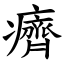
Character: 癠